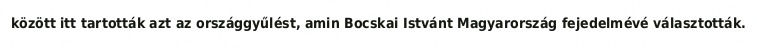
között itt tartották azt az országgyűlést, amin Bocskai Istvánt Magyarország fejedelmévé választották.